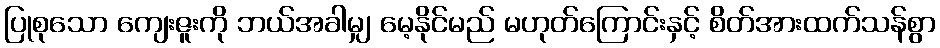
ပြုစုသော ကျေးဇူးကို ဘယ်အခါမျှ မေ့နိုင်မည် မဟုတ်ကြောင်းနှင့် စိတ်အားထက်သန်စွာ